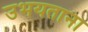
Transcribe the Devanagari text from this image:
उभयताना